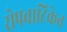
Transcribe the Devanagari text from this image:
रोपवाटिकेत